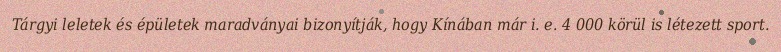
Tárgyi leletek és épületek maradványai bizonyítják, hogy Kínában már i. e. 4 000 körül is létezett sport.